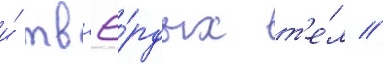
и́ тв'ё́рдых т'е́л //